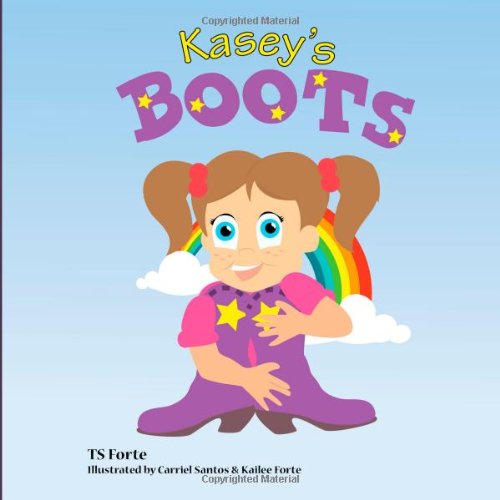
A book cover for Kasey's Boots; TS Forte; Children's Books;